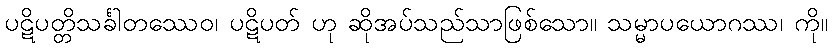
ပဋိပတ္တိသင်္ခါတဿေဝ၊ ပဋိပတ် ဟု ဆိုအပ်သည်သာဖြစ်သော။ သမ္မာပယောဂဿ၊ ကို။